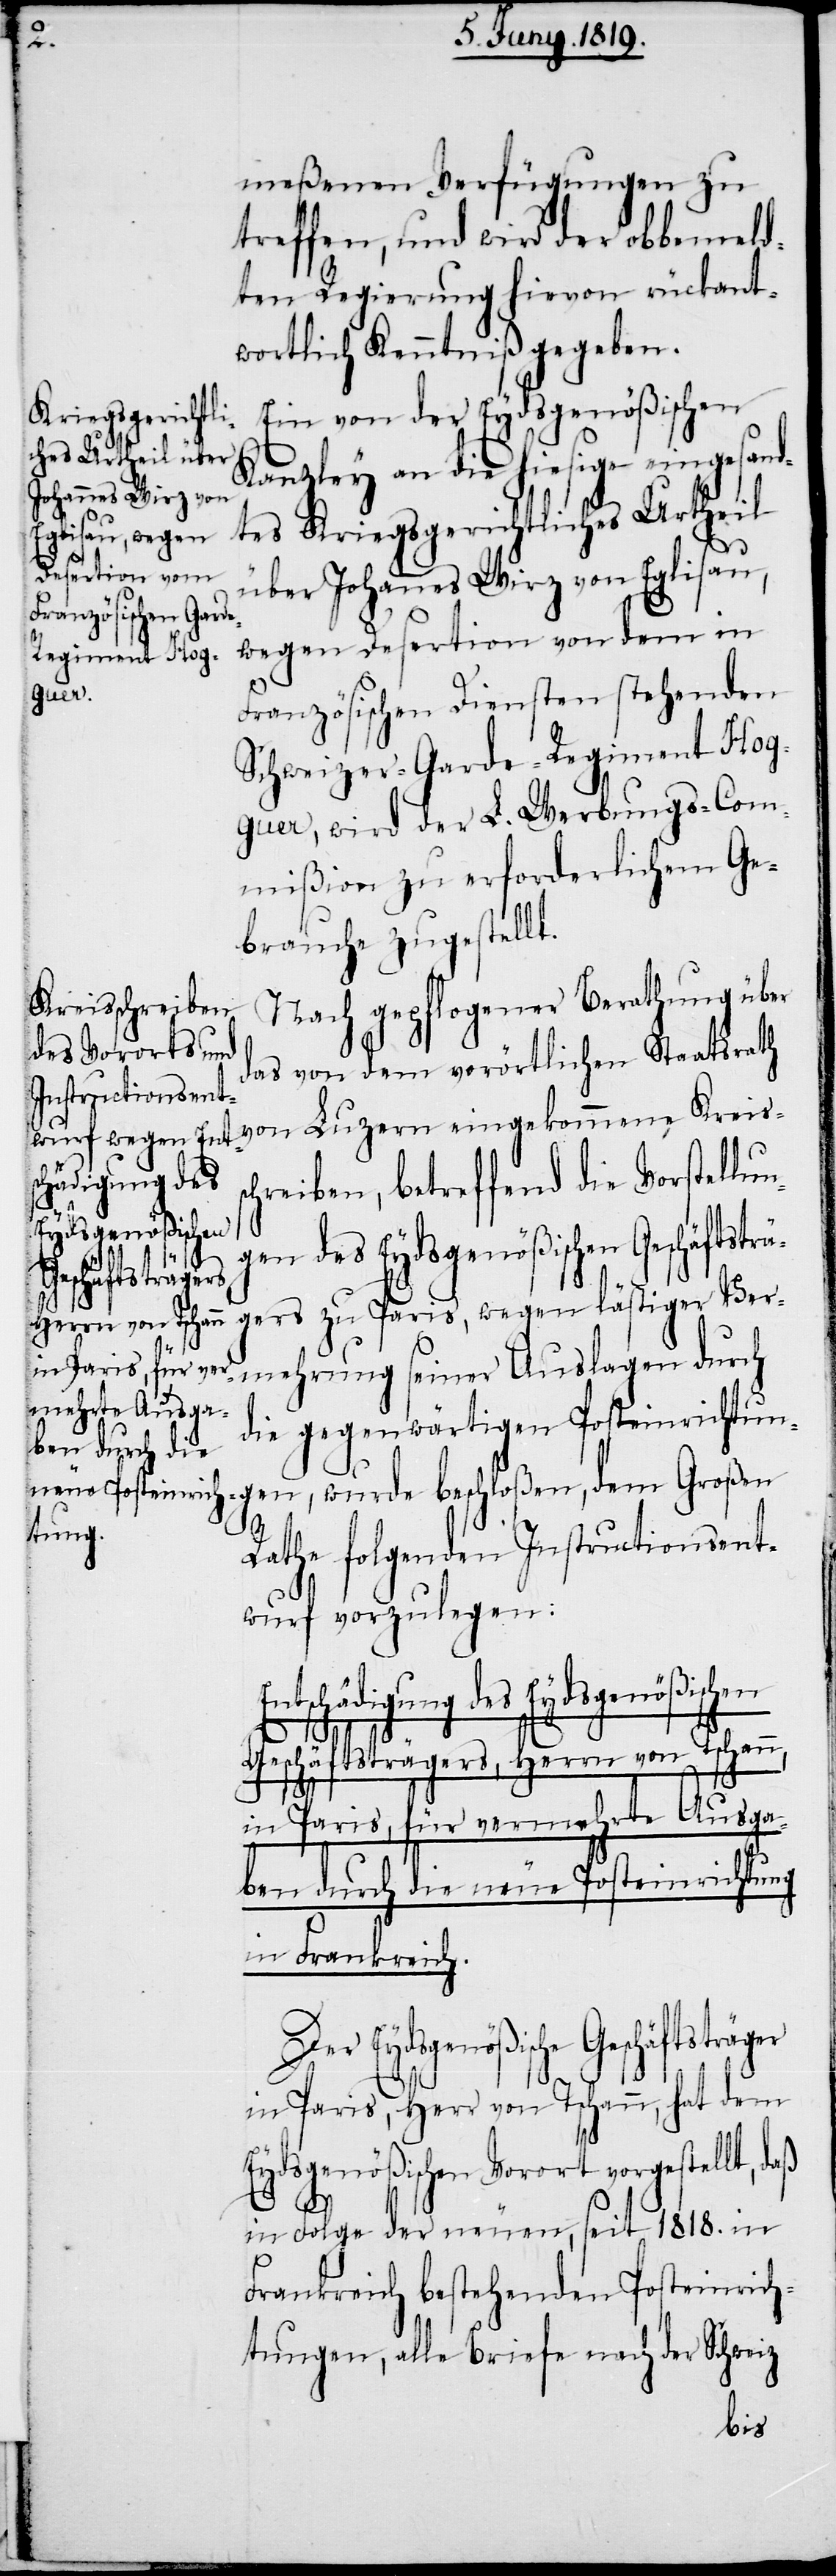
Ents¬
chädigung des
Eydsgenößische
Geschäftsträger

meßenen Verfügungen zu
treffen, und wird der obbemeld¬
ten Regierung hievon rückant¬
wortlich Kenntniß gegeben.
Ein von der Eydsgenößischen
Kanzley an die hiesige eingesand¬
tes Kriegsgerichtliches Urtheil
über Johannes Wirz von Eglisau,
wegen Desertion von dem in
Französischen Diensten stehenden
Schweizer-Garde-Regiment Ho¬
guer, wird der L. Werbungs-Com¬
mißion zu erforderlichem Ge¬
brauche zugestellt.
Nach gepflogener Berathung über
das von dem vorörtlichen Staatsrath
von Luzern eingekommene Kreiss¬
chreiben, betreffend die Vorstellun¬
gen des Eydsgenößischen Geschäftstr¬
ägers zu Paris, wegen lästiger Ver¬
mehrung seiner Auslagen durch
die gegenwärtigen Posteinrichtun¬
gen, wurde beschloßen, dem Großen
Rathe folgenden Instructionsent¬
wurf vorzulegen:
Geschäftsträgers, Herrn von Tschann,
in Paris, für vermehrte Ausga¬
ben durch die neue Posteinrichtung
in Frankreich.
in Paris, Herr von Tschann, hat dem
Eydsgenößischen Vorort vorgestellt, daß
in Folge der neuen, seit 1818. in
Frankreich bestehenden Posteinrich¬
tungen, alle Briefe nach der Schweiz